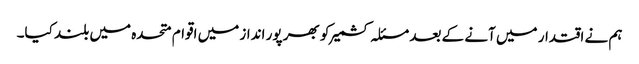
ہم نے اقتدار میں آنے کے بعد مسئلہ کشمیر کو بھر پور انداز میں اقوام متحدہ میں بلند کیا۔